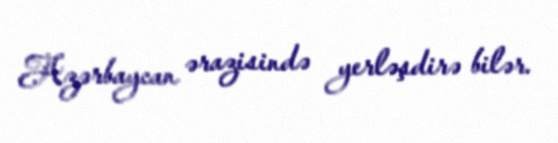
Azərbaycan ərazisində yerləşdirə bilər.